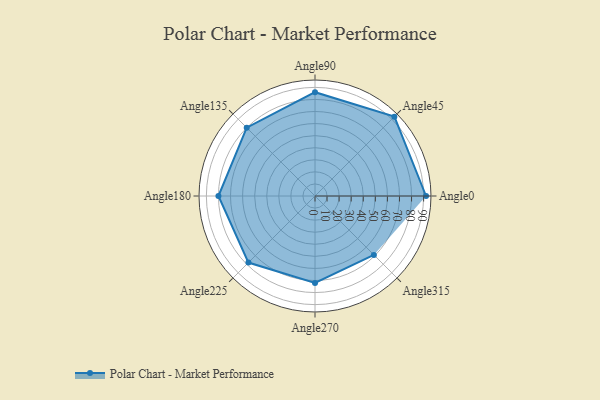
{"axis": {"x": "Angle", "y": "Radius"}, "legend": [""], "data": [{"x": "Angle0", "y": 92.0, "type": ""}, {"x": "Angle45", "y": 93.0, "type": ""}, {"x": "Angle90", "y": 86.0, "type": ""}, {"x": "Angle135", "y": 80.0, "type": ""}, {"x": "Angle180", "y": 80.0, "type": ""}, {"x": "Angle225", "y": 78.0, "type": ""}, {"x": "Angle270", "y": 72.0, "type": ""}, {"x": "Angle315", "y": 69.0, "type": ""}]}